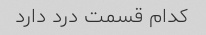
کدام قسمت درد دارد